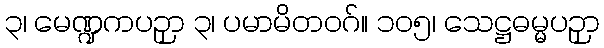
၃၊ မေဏ္ဍကပဉှာ ၃၊ ပမာမိတဝဂ်။ ၁၀၅၊ သေဋ္ဌဓမ္မပဉှာ